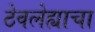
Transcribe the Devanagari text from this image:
ठेवलेह्याचा